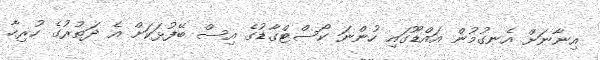
އިނާނަށް އެނގުމުން އައްޑޫގައި ހުންނަ ކޯސްޓްގާޑުގެ އިސް ބޭފުޅަކަށް އެ ދަތުރުގެ ހުރިހާ